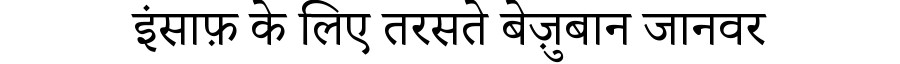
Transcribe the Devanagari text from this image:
इंसाफ़ के लिए तरसते बेज़ुबान जानवर